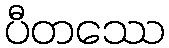
ပီတဿေ